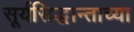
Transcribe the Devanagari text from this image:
सूर्यसिद्धान्ताच्या